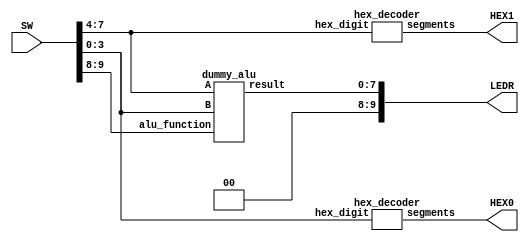
`timescale 1ns / 1ns // `timescale time_unit/time_precision

// Example code for CSC258 Summer 2016.
// The 7-segment displays HEX0 and HEX1 will display the hexadecimal numbers
// from SW[3:0] and SW[7:4] respectively.
// The LEDR[7:0] will display the 8-bit output of the single instance of our dummy_alu module.

module example_code(SW, LEDR, HEX0, HEX1);

    input [9:0] SW;
    output [9:0] LEDR;
    output [6:0] HEX0, HEX1;
    
    wire [7:0] alu_out;
    
    dummy_alu alu1(.A(SW[7:4]), .B(SW[3:0]), 
	                .alu_function(SW[9:8]), .result(alu_out));
    
    assign LEDR = {2'b00, alu_out};
    hex_decoder h1(.hex_digit(SW[3:0]), .segments(HEX0));
    hex_decoder h2(.hex_digit(SW[7:4]), .segments(HEX1));
    

endmodule

// This is a dummy_alu module. Notice how we instantiate the
// logic_block1 module *outside* our always block and use the 8-bit wide net 
// l1_connection when alu_function is 0.
// This is similar to what you needed to do for Lab 2 where you were asked to 
// use your previously implemented full adder in your ALU.

module dummy_alu(A, B, alu_function, result);

    input [3:0] A;
    input [3:0] B;
    input [1:0] alu_function;
    output reg [7:0] result;

    wire [7:0] l1_connection;
    logic_block1 l1(.C(A), .D(B), .Y(l1_connection));    
    
    always @(*)
    begin
        case (alu_function)
            2'd0: result = l1_connection;
            2'd1: result = 8'hFF;
            default: result = 8'h00;
        endcase
    end        
    
endmodule

// This module is instantiated within the dummy_alu module. 
module logic_block1(C, D, Y);
    input [3:0] C;
    input [3:0] D;
    output [7:0] Y;
    
    assign Y = {C, D}; // Using concatenation.
endmodule

// One implementation of a hex decoder module using a case statement in an 
// always block. 

module hex_decoder(hex_digit, segments);
    input [3:0] hex_digit;
    output reg [6:0] segments;
   
    always @(*)
        case (hex_digit)
            4'h0: segments = 7'b100_0000;
            4'h1: segments = 7'b111_1001;
            4'h2: segments = 7'b010_0100;
            4'h3: segments = 7'b011_0000;
            4'h4: segments = 7'b001_1001;
            4'h5: segments = 7'b001_0010;
            4'h6: segments = 7'b000_0010;
            4'h7: segments = 7'b111_1000;
            4'h8: segments = 7'b000_0000;
            4'h9: segments = 7'b001_1000;
            4'hA: segments = 7'b000_1000;
            4'hB: segments = 7'b000_0011;
            4'hC: segments = 7'b100_0110;
            4'hD: segments = 7'b010_0001;
            4'hE: segments = 7'b000_0110;
            4'hF: segments = 7'b000_1110;   
            default: segments = 7'h7f;
        endcase
endmodule